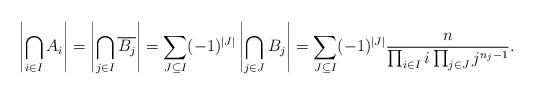
LaTeX: \begin{align*}\left| \bigcap_{i\in I} A_i \right| = \left| \bigcap_{j\in I} \overline{B_j}\right|= \sum_{J\subseteq I} (-1)^{|J|} \left| \bigcap_{j\in J} B_j \right| = \sum_{J\subseteq I} (-1)^{|J|} \frac{n}{\prod_{i\in I}i \prod_{j\in J} j^{n_j-1}} .\end{align*}